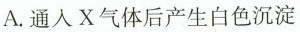
A.通入X气体后产生白色沉淀